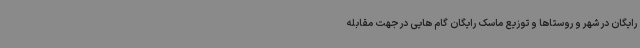
رایگان در شهر و روستاها و توزیع ماسک رایگان گام هایی در جهت مقابله